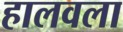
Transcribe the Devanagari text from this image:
हालवला